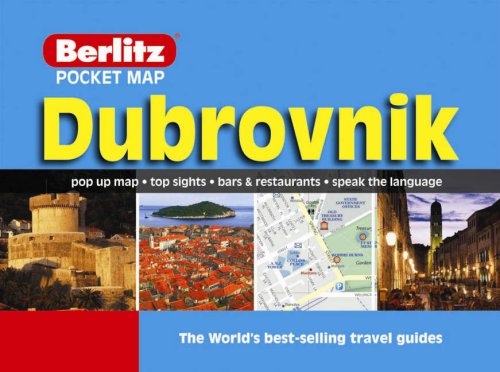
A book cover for Dubrovnik Berlitz Pocket MapGuide; Travel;